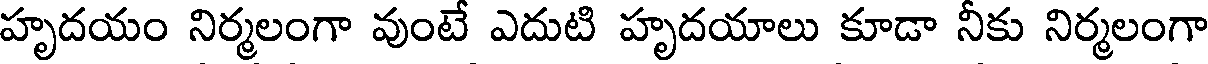
హృదయం నిర్మలంగా వుంటే ఎదుటి హృదయాలు కూడా నీకు నిర్మలంగా